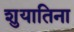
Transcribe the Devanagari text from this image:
शुयातिना